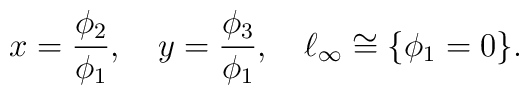
x={\phi_2 \over \phi_1}, \quad y={\phi_3 \over \phi_1}, \quad\ell_\infty \cong \{ \phi_1 = 0 \} .